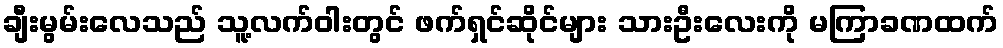
ချီးမွမ်းလေသည် သူ့လက်ဝါးတွင် ဖက်ရှင်ဆိုင်များ သားဦးလေးကို မကြာခဏထက်